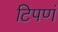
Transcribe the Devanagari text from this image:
टिपणं